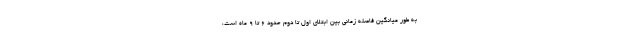
به طور میانگین فاصله زمانی بین ابتلای اول تا دوم حدود ۶ تا ۹ ماه است،